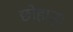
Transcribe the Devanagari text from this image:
छोहाड़ा